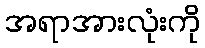
အရာအားလုံးကို